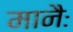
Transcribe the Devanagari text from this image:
मानैः